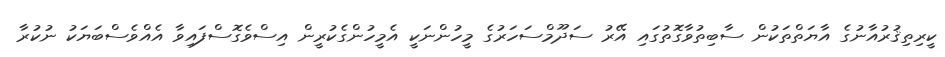
ކީރިތިޤުރުއާނުގެ އާޔަތްތަކުން ސާބިތުވާގޮތުގައި އޭރު ސަދޫމްސަހަރުގެ މީހުންނަކީ އެމީހުންގެކުރީން އިސްވެގޮސްފައިވާ އެއްވެސްބަޔަކު ނުކުރާ